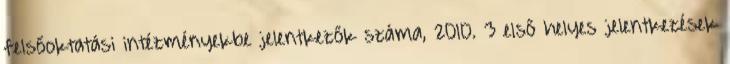
felsőoktatási intézményekbe jelentkezők száma, 2010. 3 első helyes jelentkezések